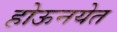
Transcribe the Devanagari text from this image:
होऊनयेत